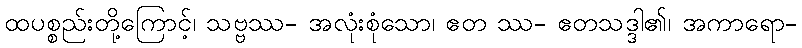
ထပစ္စည်းတို့ကြောင့်၊ သဗ္ဗဿ- အလုံးစုံသော၊ ဧတ ဿ- ဧတသဒ္ဒါ၏၊ အကာရော-